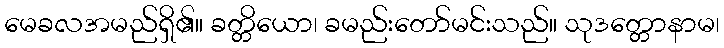
မေခလအမည်ရှိ၏။ ခတ္တိယော၊ ခမည်းတော်မင်းသည်။ သုဒတ္တောနာမ၊